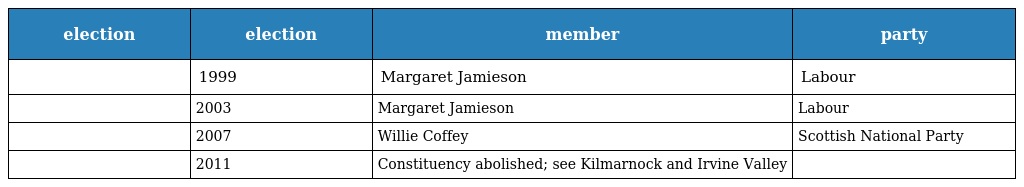
| election | election | member | party |
 | --- | --- | --- | --- |
 |  | 1999 | Margaret Jamieson | Labour |
 |  | 2003 | Margaret Jamieson | Labour |
 |  | 2007 | Willie Coffey | Scottish National Party |
 |  | 2011 | Constituency abolished; see Kilmarnock and Irvine Valley |  |